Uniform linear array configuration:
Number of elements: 64
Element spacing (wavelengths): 0.25
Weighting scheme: binomial
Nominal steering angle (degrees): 30
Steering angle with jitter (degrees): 29.306
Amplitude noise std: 0.05
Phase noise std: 0.05

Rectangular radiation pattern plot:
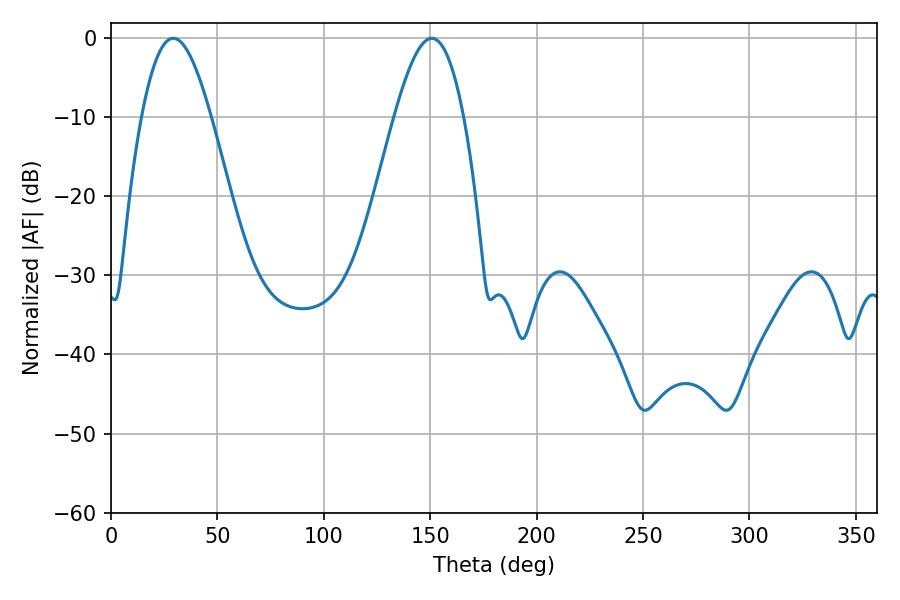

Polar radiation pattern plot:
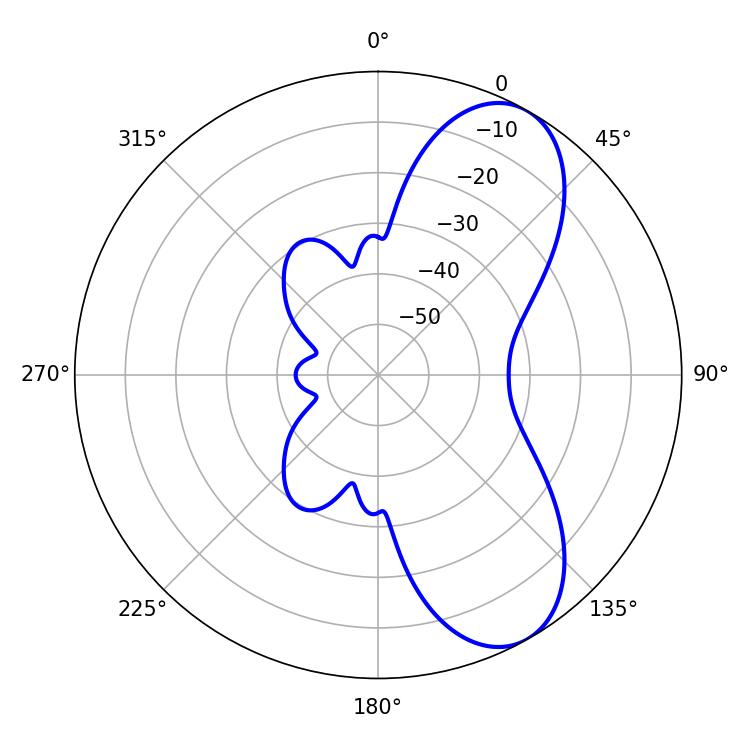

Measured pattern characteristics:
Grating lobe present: FALSE
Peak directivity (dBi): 7.79
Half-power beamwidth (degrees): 17.64
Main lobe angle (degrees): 29.34